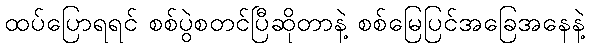
ထပ်ပြောရရင် စစ်ပွဲစတင်ပြီဆိုတာနဲ့ စစ်မြေပြင်အခြေအနေနဲ့